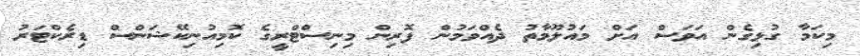
މިކަމާ ގުޅިގެން އަވަސް އަށް މައުލޫމާތު ދެއްވަމުން ފޮރިން މިނިސްޓްރީގެ ކޮމިއުނިކޭޝަންސް ޑިރެކްޓަރު